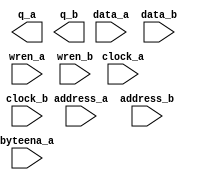
// megafunction wizard: %RAM: 2-PORT%VBB%
// GENERATION: STANDARD
// VERSION: WM1.0
// MODULE: altsyncram 

// ============================================================
// Megafunction Name(s):
// 			altsyncram
//
// Simulation Library Files(s):
// 			altera_mf
// ============================================================
// ************************************************************
// THIS IS A WIZARD-GENERATED FILE. DO NOT EDIT THIS FILE!
//
// 20.1.1 Build 720 11/11/2020 SJ Standard Edition
// ************************************************************

//Copyright (C) 2020  Intel Corporation. All rights reserved.
//Your use of Intel Corporation's design tools, logic functions 
//and other software and tools, and any partner logic 
//functions, and any output files from any of the foregoing 
//(including device programming or simulation files), and any 
//associated documentation or information are expressly subject 
//to the terms and conditions of the Intel Program License 
//Subscription Agreement, the Intel Quartus Prime License Agreement,
//the Intel FPGA IP License Agreement, or other applicable license
//agreement, including, without limitation, that your use is for
//the sole purpose of programming logic devices manufactured by
//Intel and sold by Intel or its authorized distributors.  Please
//refer to the applicable agreement for further details, at
//https://fpgasoftware.intel.com/eula.

module Vector_ram (
	address_a,
	address_b,
	byteena_a,
	clock_a,
	clock_b,
	data_a,
	data_b,
	wren_a,
	wren_b,
	q_a,
	q_b);

	input	[11:0]  address_a;
	input	[11:0]  address_b;
	input	[3:0]  byteena_a;
	input	  clock_a;
	input	  clock_b;
	input	[31:0]  data_a;
	input	[31:0]  data_b;
	input	  wren_a;
	input	  wren_b;
	output	[31:0]  q_a;
	output	[31:0]  q_b;
`ifndef ALTERA_RESERVED_QIS
// synopsys translate_off
`endif
	tri1	[3:0]  byteena_a;
	tri1	  clock_a;
	tri0	  wren_a;
	tri0	  wren_b;
`ifndef ALTERA_RESERVED_QIS
// synopsys translate_on
`endif

endmodule

// ============================================================
// CNX file retrieval info
// ============================================================
// Retrieval info: PRIVATE: ADDRESSSTALL_A NUMERIC "0"
// Retrieval info: PRIVATE: ADDRESSSTALL_B NUMERIC "0"
// Retrieval info: PRIVATE: BYTEENA_ACLR_A NUMERIC "0"
// Retrieval info: PRIVATE: BYTEENA_ACLR_B NUMERIC "0"
// Retrieval info: PRIVATE: BYTE_ENABLE_A NUMERIC "1"
// Retrieval info: PRIVATE: BYTE_ENABLE_B NUMERIC "0"
// Retrieval info: PRIVATE: BYTE_SIZE NUMERIC "8"
// Retrieval info: PRIVATE: BlankMemory NUMERIC "1"
// Retrieval info: PRIVATE: CLOCK_ENABLE_INPUT_A NUMERIC "0"
// Retrieval info: PRIVATE: CLOCK_ENABLE_INPUT_B NUMERIC "0"
// Retrieval info: PRIVATE: CLOCK_ENABLE_OUTPUT_A NUMERIC "0"
// Retrieval info: PRIVATE: CLOCK_ENABLE_OUTPUT_B NUMERIC "0"
// Retrieval info: PRIVATE: CLRdata NUMERIC "0"
// Retrieval info: PRIVATE: CLRq NUMERIC "0"
// Retrieval info: PRIVATE: CLRrdaddress NUMERIC "0"
// Retrieval info: PRIVATE: CLRrren NUMERIC "0"
// Retrieval info: PRIVATE: CLRwraddress NUMERIC "0"
// Retrieval info: PRIVATE: CLRwren NUMERIC "0"
// Retrieval info: PRIVATE: Clock NUMERIC "5"
// Retrieval info: PRIVATE: Clock_A NUMERIC "0"
// Retrieval info: PRIVATE: Clock_B NUMERIC "0"
// Retrieval info: PRIVATE: IMPLEMENT_IN_LES NUMERIC "0"
// Retrieval info: PRIVATE: INDATA_ACLR_B NUMERIC "0"
// Retrieval info: PRIVATE: INDATA_REG_B NUMERIC "1"
// Retrieval info: PRIVATE: INIT_FILE_LAYOUT STRING "PORT_A"
// Retrieval info: PRIVATE: INIT_TO_SIM_X NUMERIC "0"
// Retrieval info: PRIVATE: INTENDED_DEVICE_FAMILY STRING "Cyclone V"
// Retrieval info: PRIVATE: JTAG_ENABLED NUMERIC "0"
// Retrieval info: PRIVATE: JTAG_ID STRING "NONE"
// Retrieval info: PRIVATE: MAXIMUM_DEPTH NUMERIC "0"
// Retrieval info: PRIVATE: MEMSIZE NUMERIC "131072"
// Retrieval info: PRIVATE: MEM_IN_BITS NUMERIC "0"
// Retrieval info: PRIVATE: MIFfilename STRING ""
// Retrieval info: PRIVATE: OPERATION_MODE NUMERIC "3"
// Retrieval info: PRIVATE: OUTDATA_ACLR_B NUMERIC "0"
// Retrieval info: PRIVATE: OUTDATA_REG_B NUMERIC "0"
// Retrieval info: PRIVATE: RAM_BLOCK_TYPE NUMERIC "0"
// Retrieval info: PRIVATE: READ_DURING_WRITE_MODE_MIXED_PORTS NUMERIC "2"
// Retrieval info: PRIVATE: READ_DURING_WRITE_MODE_PORT_A NUMERIC "3"
// Retrieval info: PRIVATE: READ_DURING_WRITE_MODE_PORT_B NUMERIC "3"
// Retrieval info: PRIVATE: REGdata NUMERIC "1"
// Retrieval info: PRIVATE: REGq NUMERIC "0"
// Retrieval info: PRIVATE: REGrdaddress NUMERIC "0"
// Retrieval info: PRIVATE: REGrren NUMERIC "0"
// Retrieval info: PRIVATE: REGwraddress NUMERIC "1"
// Retrieval info: PRIVATE: REGwren NUMERIC "1"
// Retrieval info: PRIVATE: SYNTH_WRAPPER_GEN_POSTFIX STRING "0"
// Retrieval info: PRIVATE: USE_DIFF_CLKEN NUMERIC "0"
// Retrieval info: PRIVATE: UseDPRAM NUMERIC "1"
// Retrieval info: PRIVATE: VarWidth NUMERIC "1"
// Retrieval info: PRIVATE: WIDTH_READ_A NUMERIC "32"
// Retrieval info: PRIVATE: WIDTH_READ_B NUMERIC "32"
// Retrieval info: PRIVATE: WIDTH_WRITE_A NUMERIC "32"
// Retrieval info: PRIVATE: WIDTH_WRITE_B NUMERIC "32"
// Retrieval info: PRIVATE: WRADDR_ACLR_B NUMERIC "0"
// Retrieval info: PRIVATE: WRADDR_REG_B NUMERIC "1"
// Retrieval info: PRIVATE: WRCTRL_ACLR_B NUMERIC "0"
// Retrieval info: PRIVATE: enable NUMERIC "0"
// Retrieval info: PRIVATE: rden NUMERIC "0"
// Retrieval info: LIBRARY: altera_mf altera_mf.altera_mf_components.all
// Retrieval info: CONSTANT: ADDRESS_REG_B STRING "CLOCK1"
// Retrieval info: CONSTANT: BYTE_SIZE NUMERIC "8"
// Retrieval info: CONSTANT: CLOCK_ENABLE_INPUT_A STRING "BYPASS"
// Retrieval info: CONSTANT: CLOCK_ENABLE_INPUT_B STRING "BYPASS"
// Retrieval info: CONSTANT: CLOCK_ENABLE_OUTPUT_A STRING "BYPASS"
// Retrieval info: CONSTANT: CLOCK_ENABLE_OUTPUT_B STRING "BYPASS"
// Retrieval info: CONSTANT: INDATA_REG_B STRING "CLOCK1"
// Retrieval info: CONSTANT: INTENDED_DEVICE_FAMILY STRING "Cyclone V"
// Retrieval info: CONSTANT: LPM_TYPE STRING "altsyncram"
// Retrieval info: CONSTANT: NUMWORDS_A NUMERIC "4096"
// Retrieval info: CONSTANT: NUMWORDS_B NUMERIC "4096"
// Retrieval info: CONSTANT: OPERATION_MODE STRING "BIDIR_DUAL_PORT"
// Retrieval info: CONSTANT: OUTDATA_ACLR_A STRING "NONE"
// Retrieval info: CONSTANT: OUTDATA_ACLR_B STRING "NONE"
// Retrieval info: CONSTANT: OUTDATA_REG_A STRING "UNREGISTERED"
// Retrieval info: CONSTANT: OUTDATA_REG_B STRING "UNREGISTERED"
// Retrieval info: CONSTANT: POWER_UP_UNINITIALIZED STRING "FALSE"
// Retrieval info: CONSTANT: READ_DURING_WRITE_MODE_PORT_A STRING "NEW_DATA_NO_NBE_READ"
// Retrieval info: CONSTANT: READ_DURING_WRITE_MODE_PORT_B STRING "NEW_DATA_NO_NBE_READ"
// Retrieval info: CONSTANT: WIDTHAD_A NUMERIC "12"
// Retrieval info: CONSTANT: WIDTHAD_B NUMERIC "12"
// Retrieval info: CONSTANT: WIDTH_A NUMERIC "32"
// Retrieval info: CONSTANT: WIDTH_B NUMERIC "32"
// Retrieval info: CONSTANT: WIDTH_BYTEENA_A NUMERIC "4"
// Retrieval info: CONSTANT: WIDTH_BYTEENA_B NUMERIC "1"
// Retrieval info: CONSTANT: WRCONTROL_WRADDRESS_REG_B STRING "CLOCK1"
// Retrieval info: USED_PORT: address_a 0 0 12 0 INPUT NODEFVAL "address_a[11..0]"
// Retrieval info: USED_PORT: address_b 0 0 12 0 INPUT NODEFVAL "address_b[11..0]"
// Retrieval info: USED_PORT: byteena_a 0 0 4 0 INPUT VCC "byteena_a[3..0]"
// Retrieval info: USED_PORT: clock_a 0 0 0 0 INPUT VCC "clock_a"
// Retrieval info: USED_PORT: clock_b 0 0 0 0 INPUT NODEFVAL "clock_b"
// Retrieval info: USED_PORT: data_a 0 0 32 0 INPUT NODEFVAL "data_a[31..0]"
// Retrieval info: USED_PORT: data_b 0 0 32 0 INPUT NODEFVAL "data_b[31..0]"
// Retrieval info: USED_PORT: q_a 0 0 32 0 OUTPUT NODEFVAL "q_a[31..0]"
// Retrieval info: USED_PORT: q_b 0 0 32 0 OUTPUT NODEFVAL "q_b[31..0]"
// Retrieval info: USED_PORT: wren_a 0 0 0 0 INPUT GND "wren_a"
// Retrieval info: USED_PORT: wren_b 0 0 0 0 INPUT GND "wren_b"
// Retrieval info: CONNECT: @address_a 0 0 12 0 address_a 0 0 12 0
// Retrieval info: CONNECT: @address_b 0 0 12 0 address_b 0 0 12 0
// Retrieval info: CONNECT: @byteena_a 0 0 4 0 byteena_a 0 0 4 0
// Retrieval info: CONNECT: @clock0 0 0 0 0 clock_a 0 0 0 0
// Retrieval info: CONNECT: @clock1 0 0 0 0 clock_b 0 0 0 0
// Retrieval info: CONNECT: @data_a 0 0 32 0 data_a 0 0 32 0
// Retrieval info: CONNECT: @data_b 0 0 32 0 data_b 0 0 32 0
// Retrieval info: CONNECT: @wren_a 0 0 0 0 wren_a 0 0 0 0
// Retrieval info: CONNECT: @wren_b 0 0 0 0 wren_b 0 0 0 0
// Retrieval info: CONNECT: q_a 0 0 32 0 @q_a 0 0 32 0
// Retrieval info: CONNECT: q_b 0 0 32 0 @q_b 0 0 32 0
// Retrieval info: GEN_FILE: TYPE_NORMAL Vector_ram.v TRUE
// Retrieval info: GEN_FILE: TYPE_NORMAL Vector_ram.inc FALSE
// Retrieval info: GEN_FILE: TYPE_NORMAL Vector_ram.cmp FALSE
// Retrieval info: GEN_FILE: TYPE_NORMAL Vector_ram.bsf FALSE
// Retrieval info: GEN_FILE: TYPE_NORMAL Vector_ram_inst.v FALSE
// Retrieval info: GEN_FILE: TYPE_NORMAL Vector_ram_bb.v TRUE
// Retrieval info: LIB_FILE: altera_mf